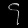
Digit: ၄